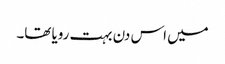
میں اس دن بہت رویا تھا۔